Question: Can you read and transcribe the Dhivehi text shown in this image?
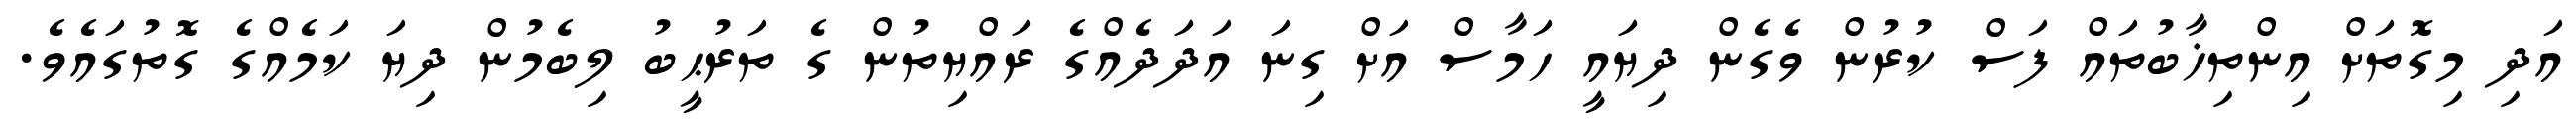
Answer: އަދި މިގޮތަށް އިންތިޚާބުތައް ފަސް ކުރުން ވެގެން ދިޔައީ ހަމާސް އަށް ގިނަ އަދަދެއްގެ ރައްޔިތުން ގެ ތަރުޙީބު ލިބެމުން ދިޔަ ކަމެއްގެ ގޮތުގައެވެ.